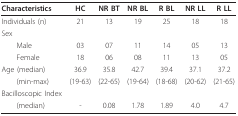
<table><thead><tr><td><b>Characteristics</b></td><td><b>HC</b></td><td><b>NR BT</b></td><td><b>NR BL</b></td><td><b>R BL</b></td><td><b>NR LL</b></td><td><b>R LL</b></td></tr></thead><tbody><tr><td>Individuals (n)</td><td>21</td><td>13</td><td>19</td><td>25</td><td>18</td><td>18</td></tr><tr><td>Sex</td><td></td><td></td><td></td><td></td><td></td><td></td></tr><tr><td> Male</td><td>03</td><td>07</td><td>11</td><td>14</td><td>05</td><td>13</td></tr><tr><td> Female</td><td>18</td><td>06</td><td>08</td><td>11</td><td>13</td><td>05</td></tr><tr><td>Age (median)</td><td>36.9</td><td>35.8</td><td>42.7</td><td>39.4</td><td>37.1</td><td>37.2</td></tr><tr><td> (min-max)</td><td>(19-63)</td><td>(22-65)</td><td>(19-64)</td><td>(18-68)</td><td>(20-62)</td><td>(21-65)</td></tr><tr><td>Bacilloscopic Index</td><td></td><td></td><td></td><td></td><td></td><td></td></tr><tr><td> (median)</td><td>-</td><td>0.08</td><td>1.78</td><td>1.89</td><td>4.0</td><td>4.7</td></tr></tbody></table>